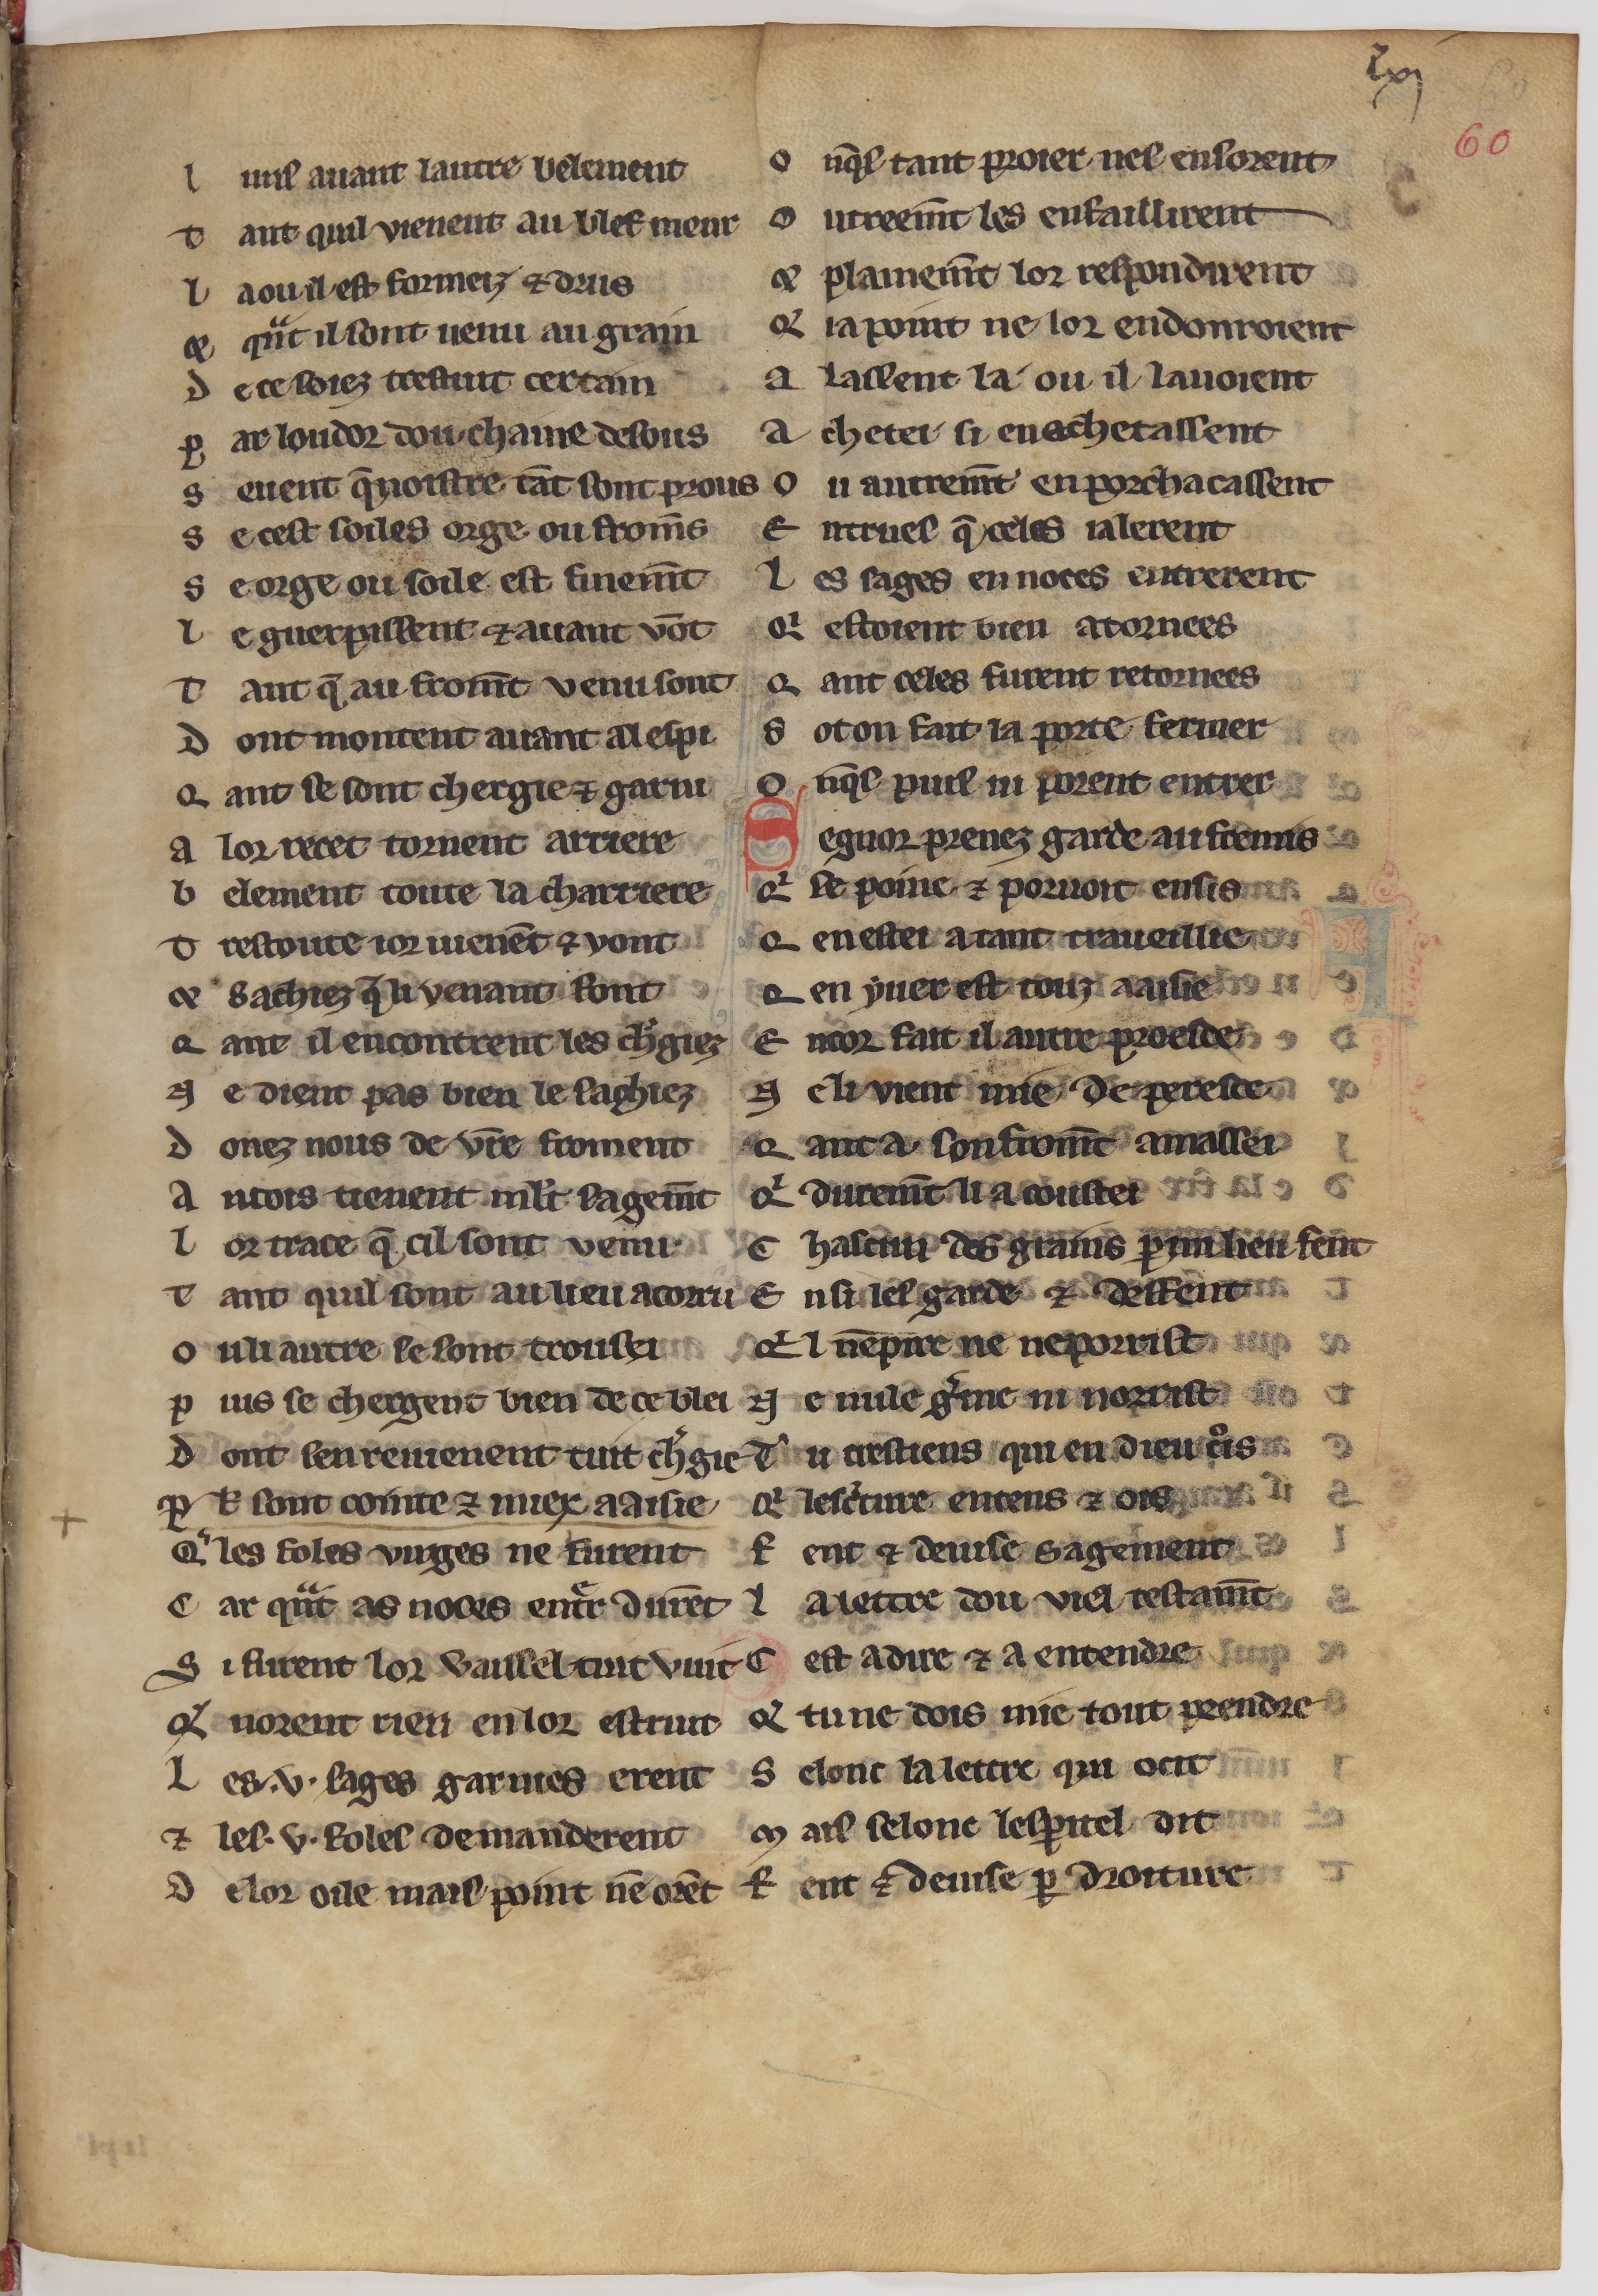
Shelfmark: Paris, BnF, fr. 24428
Century: 13